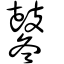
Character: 鼕